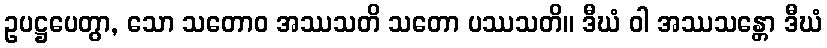
ဥပဋ္ဌပေတွာ, သော သတောဝ အဿသတိ သတော ပဿသတိ။ ဒီဃံ ဝါ အဿသန္တော ဒီဃံ